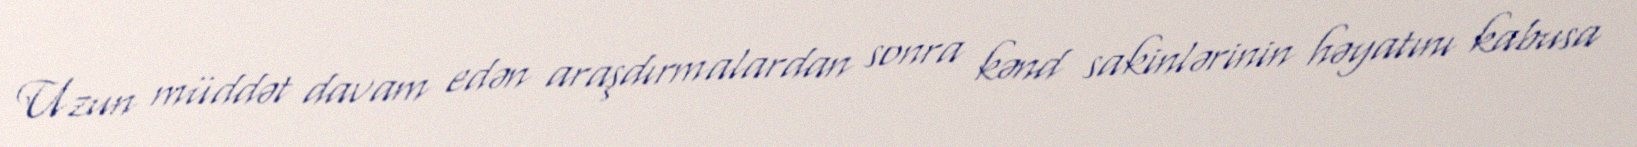
Uzun müddət davam edən araşdırmalardan sonra kənd sakinlərinin həyatını kabusa